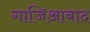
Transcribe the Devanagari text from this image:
गाजिआबाद